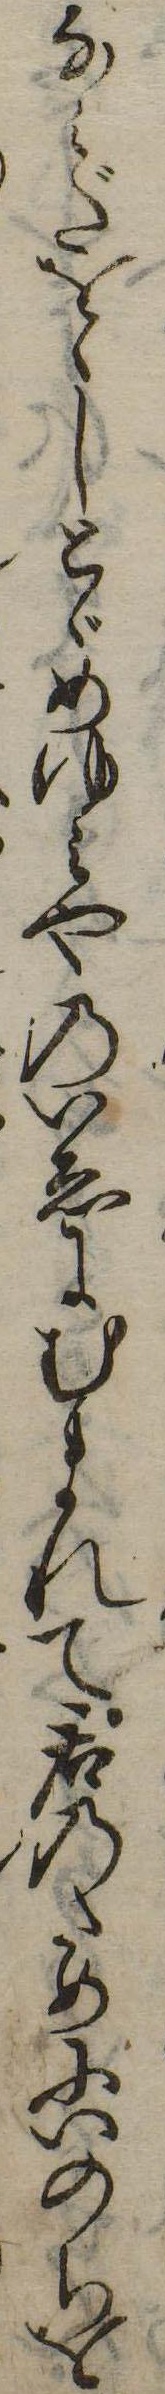
なみだをゝしとゞめゆみやのいゑにむまれて君のためにいのちを